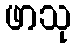
ဖာသု